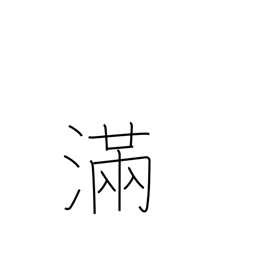
Meaning: satisfied